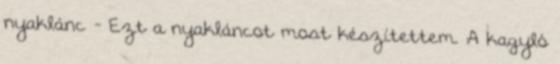
nyaklánc - Ezt a nyakláncot most készítettem. A kagyló